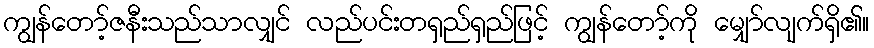
ကျွန်တော့်ဇနီးသည်သာလျှင် လည်ပင်းတရှည်ရှည်ဖြင့် ကျွန်တော့်ကို မျှော်လျက်ရှိ၏။